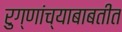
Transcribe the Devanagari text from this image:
रुग्णांच्याबाबतीत